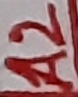
Text: A2